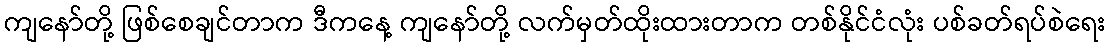
ကျနော်တို့ ဖြစ်စေချင်တာက ဒီကနေ့ ကျနော်တို့ လက်မှတ်ထိုးထားတာက တစ်နိုင်ငံလုံး ပစ်ခတ်ရပ်စဲရေး